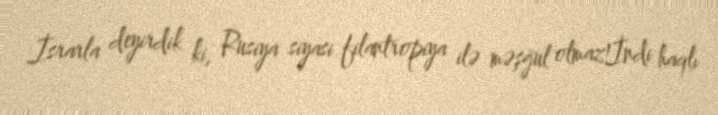
İsrarla deyirdik ki, Rusiya siyasi filantropiya ilə məşğul olmaz!İndi haqlı